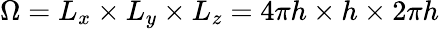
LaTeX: \Omega=L_{x}\times L_{y}\times L_{z}=4\pi h\times h\times 2\pi h